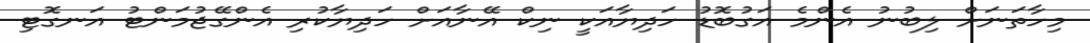
މިހާތަނަށް ލިބުނު އެންމެ އަގުބޮޑު ހަދިޔާއަކީ ނިކް އޭނާއަށް ހަދިޔާކުރި އެންގޭޖުމަންޓު އަނގޮޓި